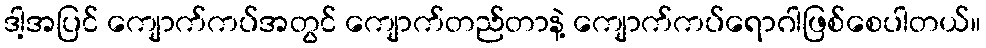
ဒါ့အပြင် ကျောက်ကပ်အတွင် ကျောက်တည်တာနဲ့ ကျောက်ကပ်ရောဂါဖြစ်စေပါတယ်။